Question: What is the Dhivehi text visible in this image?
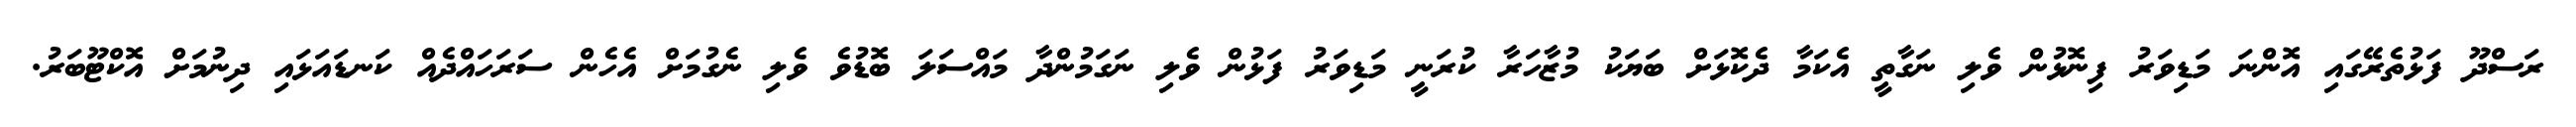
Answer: ރަސްދޫ ފަޅުތެރޭގައި އޮންނަ މަޑިވަރު ފިނޮޅުން ވެލި ނަގާތީ އެކަމާ ދެކޮޅަށް ބަޔަކު މުޒާހަރާ ކުރަނީ މަޑިވަރު ފަޅުން ވެލި ނަގަމުންދާ މައްސަލަ ބޮޑުވެ ވެލި ނެގުމަށް އެހެން ސަރަހައްދެއް ކަނޑައަޅައި ދިނުމަށް އޮކްޓޫބަރު.